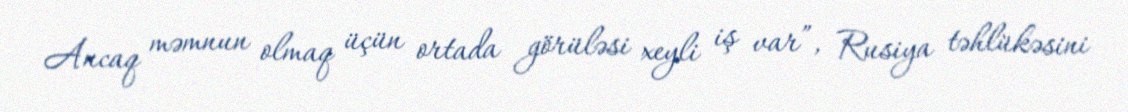
Ancaq məmnun olmaq üçün ortada görüləsi xeyli iş var”, Rusiya təhlükəsini